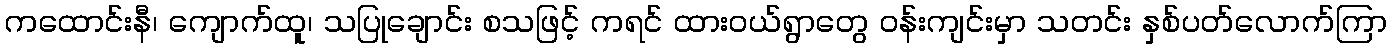
ကထောင်းနီ၊ ကျောက်ထူ၊ သပြုချောင်း စသဖြင့် ကရင် ထားဝယ်ရွာတွေ ဝန်းကျင်းမှာ သတင်း နှစ်ပတ်လောက်ကြာ